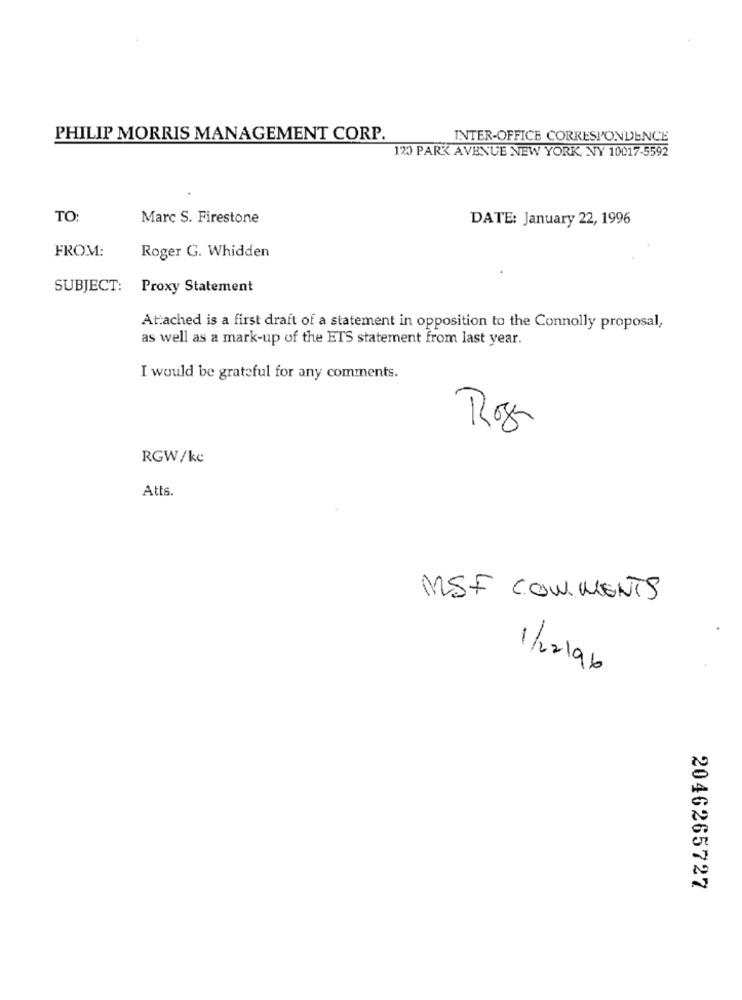
PHILIP MORRIS MANAGEMENT CORP.
INTER-OFFICE CORRESPONDENCE
120 PARK AVENUE NEW YORK, NY 10017-5592
TO:
Marc S. Firestone
DATE: January 22, 1996
FROM:
Roger G. Whidden
SUBJECT: Proxy Statement
Attached is a first draft of a statement in opposition to the Connolly proposal,
as well as a mark-up of the ETS statement from last year.
I would be grateful for any comments.
Roz
RGW/kc
Atts.
MSF COMMENTS
1/22196
2046265727